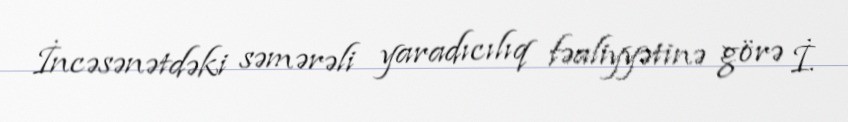
İncəsənətdəki səmərəli yaradıcılıq fəaliyyətinə görə İ.